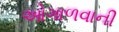
ઓગાળવાની